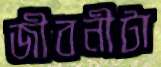
জীবনীটা